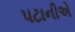
પટાનીએ